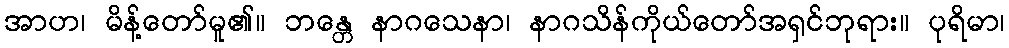
အာဟ၊ မိန့်တော်မူ၏။ ဘန္တေ နာဂသေနာ၊ နာဂသိန်ကိုယ်တော်အရှင်ဘုရား။ ပုရိမာ၊